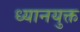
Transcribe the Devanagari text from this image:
ध्‍यानयुक्त